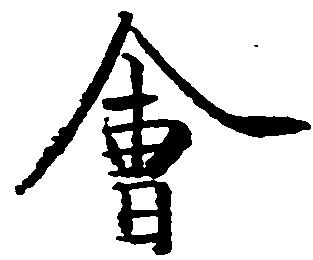
会